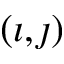
( \imath , \jmath )